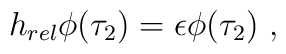
h_{rel} \phi (\tau_2) = \epsilon  \phi (\tau_2)\ ,